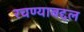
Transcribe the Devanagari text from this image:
रचण्याबद्दल